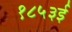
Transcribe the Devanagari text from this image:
१८५३ई